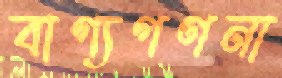
বাগ্যগণনা